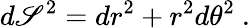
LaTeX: d\mathscr{S}^{2}=dr^{2}+r^{2}d\theta^{2}\ .